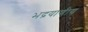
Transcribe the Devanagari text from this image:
भद्रयाणीय